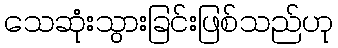
သေဆုံးသွားခြင်းဖြစ်သည်ဟု